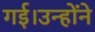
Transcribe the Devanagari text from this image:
गई।उन्होंने